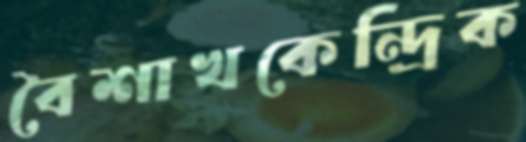
বৈশাখকেন্দ্রিক